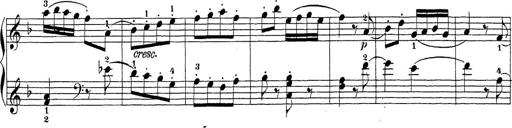
Title: Sonatina Album
Composer: Louis KÃ¶hler